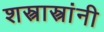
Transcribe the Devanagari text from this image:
शस्त्रास्त्रांनी